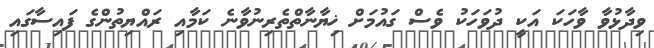
ވިދާޅުވާ ވާހަކަ އަކީ ދުވަހަކު ވެސް ގައުމަށް ޚިޔާނާތްތެރިނުވާނެ ކަމާއި ރައްޔިތުންގެ ފައިސާގައި